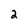
Character: 2